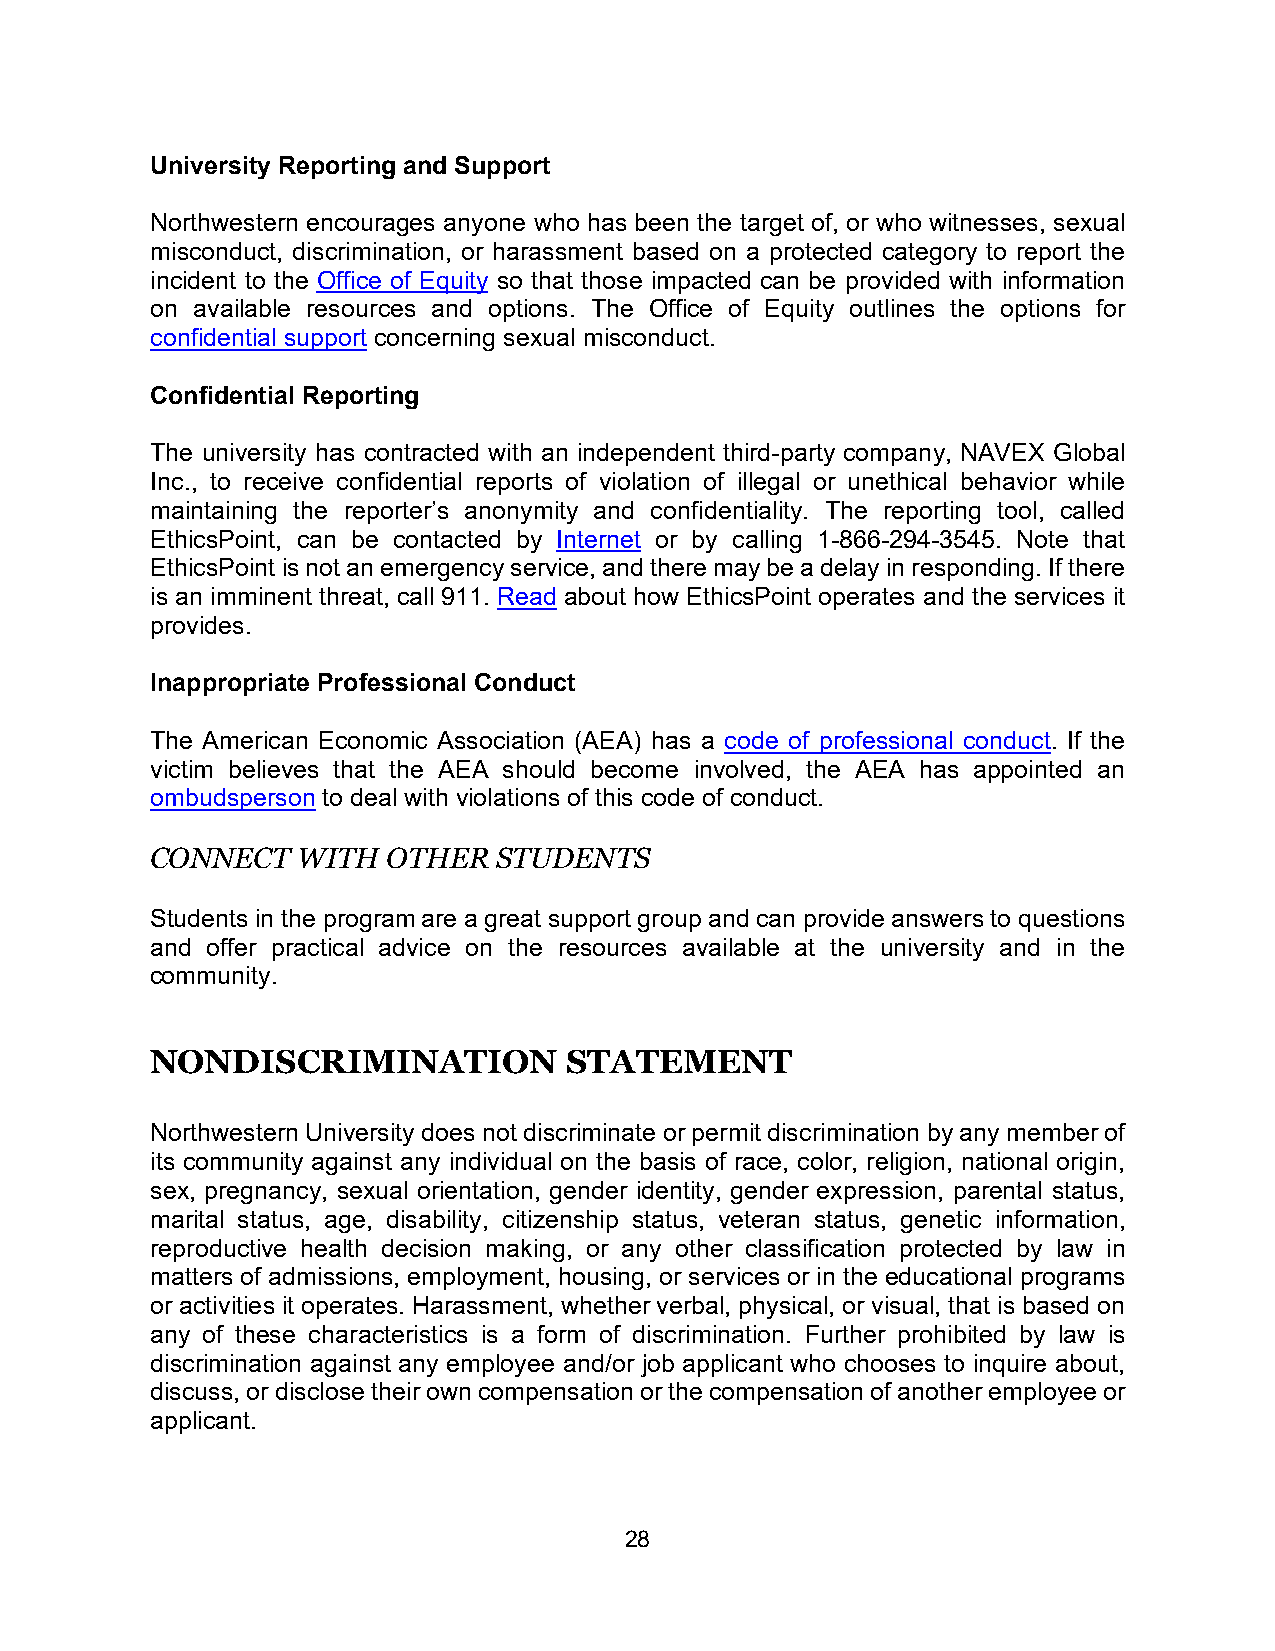
University Reporting and Support
 Northwestern encourages anyone who has been the target of, or who witnesses, sexual
 misconduct, discrimination, or harassment based on a protected category to report the
 incident to the Office of Equity so that those impacted can be provided with information
 on available resources and options. The Office of Equity outlines the options for
 confidential support concerning sexual misconduct.
 Confidential Reporting
 The university has contracted with an independent third-party company, NAVEX Global
 Inc., to receive confidential reports of violation of illegal or unethical behavior while
 maintaining the reporter’s anonymity and confidentiality. The reporting tool, called
 EthicsPoint, can be contacted by Internet or by calling 1-866-294-3545. Note that
 EthicsPoint is not an emergency service, and there may be a delay in responding. If there
 is an imminent threat, call 911. Read about how EthicsPoint operates and the services it
 provides.
 Inappropriate Professional Conduct
 The American Economic Association (AEA) has a code of professional conduct. If the
 victim believes that the AEA should become involved, the AEA has appointed an
 ombudsperson to deal with violations of this code of conduct.
 CONNECT   WITH  OTHER  STUDENTS
 Students in the program are a great support group and can provide answers to questions
 and offer practical advice on the resources available at the university and in the
 community.
 NONDISCRIMINATION           STATEMENT
 Northwestern University does not discriminate or permit discrimination by any member of
 its community against any individual on the basis of race, color, religion, national origin,
 sex, pregnancy, sexual orientation, gender identity, gender expression, parental status,
 marital status, age, disability, citizenship status, veteran status, genetic information,
 reproductive health decision making, or any other classification protected by law in
 matters of admissions, employment, housing, or services or in the educational programs
 or activities it operates. Harassment, whether verbal, physical, or visual, that is based on
 any of these characteristics is a form of discrimination. Further prohibited by law is
 discrimination against any employee and/or job applicant who chooses to inquire about,
 discuss, or disclose their own compensation or the compensation of another employee or
 applicant.
 28